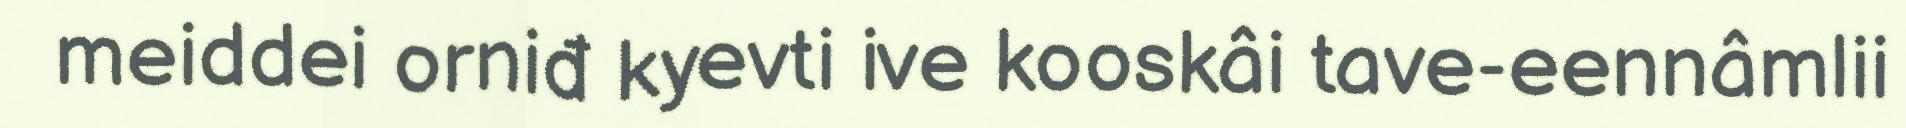
meiddei orniđ kyevti ive kooskâi tave-eennâmlii